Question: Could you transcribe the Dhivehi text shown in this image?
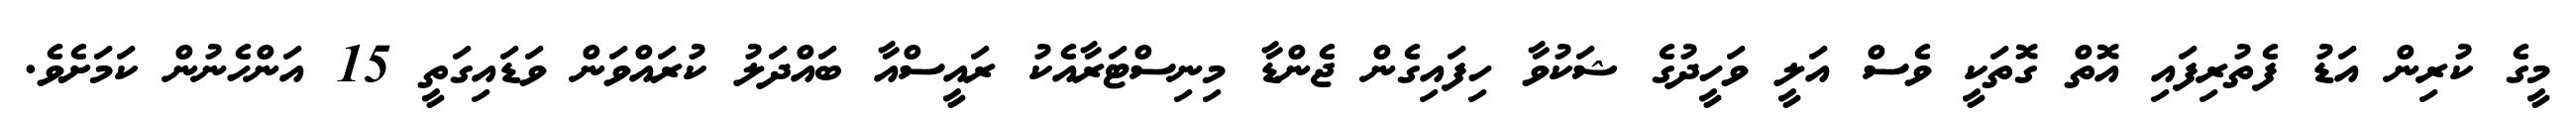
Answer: މީގެ ކުރިން އަޑު ފެތުރިފައި އޮތް ގޮތަކީ ވެސް އަލީ ވަހީދުގެ ޝަކުވާ ހިފައިގެން ޖެންޑާ މިނިސްޓަރާއެކު ރައީސްއާ ބައްދަލު ކުރައްވަން ވަޑައިގަތީ 15 އަންހެނުން ކަމަށެވެ.